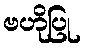
ဗဟိုပြု